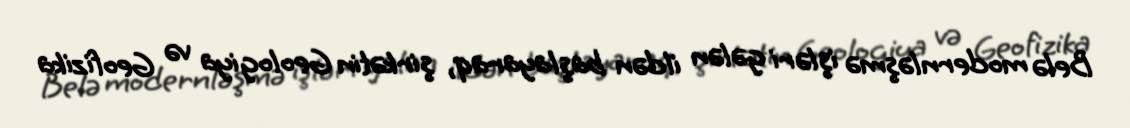
Belə modernləşmə işləri gələn ildən başlayaraq, şirkətin Geologiya və Geofizika